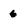
Character: 6